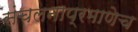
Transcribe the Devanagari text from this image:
संचलनाप्रमाणेच